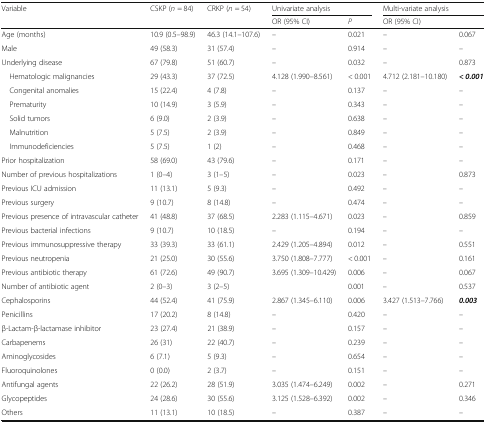
<table><thead><tr><td rowspan="2"><b>Variable</b></td><td rowspan="2"><b>CSKP (<i>n</i> = 84)</b></td><td rowspan="2"><b>CRKP (<i>n</i> = 54)</b></td><td colspan="2"><b>Univariate analysis</b></td><td colspan="2"><b>Multi-variate analysis</b></td></tr><tr><td><b>OR (95% CI)</b></td><td><b><i>P</i></b></td><td><b>OR (95% CI)</b></td><td></td></tr></thead><tbody><tr><td>Age (months)</td><td>10.9 (0.5–98.9)</td><td>46.3 (14.1–107.6)</td><td>–</td><td>0.021</td><td>–</td><td>0.067</td></tr><tr><td>Male</td><td>49 (58.3)</td><td>31 (57.4)</td><td>–</td><td>0.914</td><td>–</td><td>–</td></tr><tr><td>Underlying disease</td><td>67 (79.8)</td><td>51 (60.7)</td><td>–</td><td>0.032</td><td>–</td><td>0.873</td></tr><tr><td> Hematologic malignancies</td><td>29 (43.3)</td><td>37 (72.5)</td><td>4.128 (1.990–8.561)</td><td>&lt; 0.001</td><td>4.712 (2.181–10.180)</td><td><b><i>&lt; 0.001</i></b></td></tr><tr><td> Congenital anomalies</td><td>15 (22.4)</td><td>4 (7.8)</td><td>–</td><td>0.137</td><td>–</td><td>–</td></tr><tr><td> Prematurity</td><td>10 (14.9)</td><td>3 (5.9)</td><td>–</td><td>0.343</td><td>–</td><td>–</td></tr><tr><td> Solid tumors</td><td>6 (9.0)</td><td>2 (3.9)</td><td>–</td><td>0.638</td><td>–</td><td>–</td></tr><tr><td> Malnutrition</td><td>5 (7.5)</td><td>2 (3.9)</td><td>–</td><td>0.849</td><td>–</td><td>–</td></tr><tr><td> Immunodeficiencies</td><td>5 (7.5)</td><td>1 (2)</td><td>–</td><td>0.468</td><td>–</td><td>–</td></tr><tr><td>Prior hospitalization</td><td>58 (69.0)</td><td>43 (79.6)</td><td>–</td><td>0.171</td><td>–</td><td>–</td></tr><tr><td>Number of previous hospitalizations</td><td>1 (0–4)</td><td>3 (1–5)</td><td>–</td><td>0.023</td><td>–</td><td>0.873</td></tr><tr><td>Previous ICU admission</td><td>11 (13.1)</td><td>5 (9.3)</td><td>–</td><td>0.492</td><td>–</td><td>–</td></tr><tr><td>Previous surgery</td><td>9 (10.7)</td><td>8 (14.8)</td><td>–</td><td>0.474</td><td>–</td><td>–</td></tr><tr><td>Previous presence of intravascular catheter</td><td>41 (48.8)</td><td>37 (68.5)</td><td>2.283 (1.115–4.671)</td><td>0.023</td><td>–</td><td>0.859</td></tr><tr><td>Previous bacterial infections</td><td>9 (10.7)</td><td>10 (18.5)</td><td>–</td><td>0.194</td><td>–</td><td>–</td></tr><tr><td>Previous immunosuppressive therapy</td><td>33 (39.3)</td><td>33 (61.1)</td><td>2.429 (1.205–4.894)</td><td>0.012</td><td>–</td><td>0.551</td></tr><tr><td>Previous neutropenia</td><td>21 (25.0)</td><td>30 (55.6)</td><td>3.750 (1.808–7.777)</td><td>&lt; 0.001</td><td>–</td><td>0.161</td></tr><tr><td>Previous antibiotic therapy</td><td>61 (72.6)</td><td>49 (90.7)</td><td>3.695 (1.309–10.429)</td><td>0.006</td><td>–</td><td>0.067</td></tr><tr><td>Number of antibiotic agent</td><td>2 (0–3)</td><td>3 (2–5)</td><td></td><td>0.001</td><td>–</td><td>0.537</td></tr><tr><td>Cephalosporins</td><td>44 (52.4)</td><td>41 (75.9)</td><td>2.867 (1.345–6.110)</td><td>0.006</td><td>3.427 (1.513–7.766)</td><td><b><i>0.003</i></b></td></tr><tr><td>Penicillins</td><td>17 (20.2)</td><td>8 (14.8)</td><td>–</td><td>0.420</td><td>–</td><td>–</td></tr><tr><td>β-Lactam-β-lactamase inhibitor</td><td>23 (27.4)</td><td>21 (38.9)</td><td>–</td><td>0.157</td><td>–</td><td>–</td></tr><tr><td>Carbapenems</td><td>26 (31)</td><td>22 (40.7)</td><td>–</td><td>0.239</td><td>–</td><td>–</td></tr><tr><td>Aminoglycosides</td><td>6 (7.1)</td><td>5 (9.3)</td><td>–</td><td>0.654</td><td>–</td><td>–</td></tr><tr><td>Fluoroquinolones</td><td>0 (0.0)</td><td>2 (3.7)</td><td>–</td><td>0.151</td><td>–</td><td>–</td></tr><tr><td>Antifungal agents</td><td>22 (26.2)</td><td>28 (51.9)</td><td>3.035 (1.474–6.249)</td><td>0.002</td><td>–</td><td>0.271</td></tr><tr><td>Glycopeptides</td><td>24 (28.6)</td><td>30 (55.6)</td><td>3.125 (1.528–6.392)</td><td>0.002</td><td>–</td><td>0.346</td></tr><tr><td>Others</td><td>11 (13.1)</td><td>10 (18.5)</td><td>–</td><td>0.387</td><td>–</td><td>–</td></tr></tbody></table>